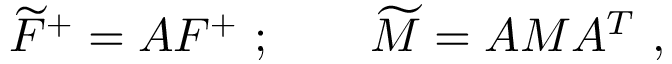
\widetilde { \cal F } ^ { + } = A { \cal F } ^ { + } \ ; \qquad \widetilde M = A M A ^ { T } \ ,